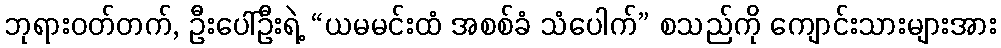
ဘုရားဝတ်တက်, ဦးပေါ်ဦးရဲ့ “ယမမင်းထံ အစစ်ခံ သံပေါက်” စသည်ကို ကျောင်းသားများအား